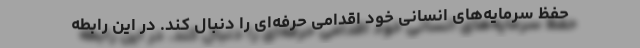
حفظ سرمایه‌های انسانی خود اقدامی حرفه‌ای را دنبال کند. در این رابطه